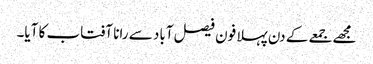
مجھے جمعے کے دن پہلا فون فیصل آباد سے رانا آفتاب کا آیا۔